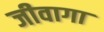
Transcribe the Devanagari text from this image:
जीवागा